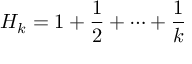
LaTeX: H _ { k } = 1 + { \frac { 1 } { 2 } } + \cdots + { \frac { 1 } { k } }